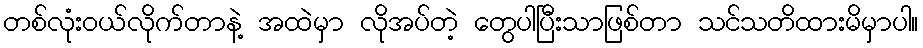
တစ်လုံးဝယ်လိုက်တာနဲ့ အထဲမှာ လိုအပ်တဲ့ တွေပါပြီးသာဖြစ်တာ သင်သတိထားမိမှာပါ။